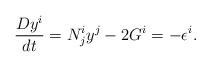
LaTeX: \begin{align*}\frac{Dy^{i}}{dt}=N_{j}^{i}y^{j}-2G^{i}=-\epsilon ^{i}.\end{align*}